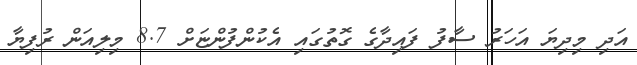
އަދި މިދިޔަ އަހަރު ސާފު ފައިދާގެ ގޮތުގައި އެކުންފުންޏަށް 8.7 މިލިއަން ރުފިޔާ